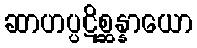
ဆာဟပ္ပဋိစ္ဆန္နာယော